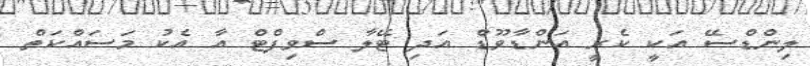
ލިންޑްސޭ އަކީ ކެރީ އަންޑާވޫޑް އަދި ޓޭލާ ސްވިފްޓް އާ އެކު މަސައްކަތް